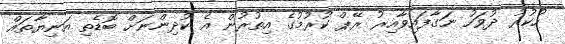
ހުކުރު ދުވަހު ނަގާފައިވާއިރު ރޭޕް ކުރުމުގެ އިތުރުން އެ ކުދިންނަށް ބޮޑެތި އަނިޔާތައް